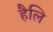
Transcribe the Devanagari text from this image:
हैलि